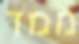
ממד